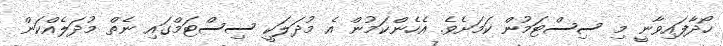
ހޯދާފައިވާނީ މި ސިސްޓަމުން ކަމަށެވެ. އެހެންކަމުން އެ މުދަލަކީ ސިސްޓަމްގައި ނެތް މުދަލެއްކަން